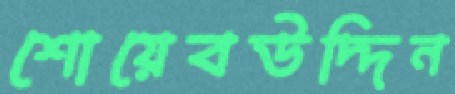
শোয়েবউদ্দিন